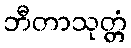
ဘီတာသုတ္တံ